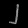
Digit: ၂